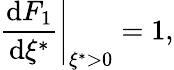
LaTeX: \left.{\frac{\operatorname{d}\! F_{1}}{\operatorname{d}\! \xi^{*}}}\right|_{\xi^{*}>0}=1,